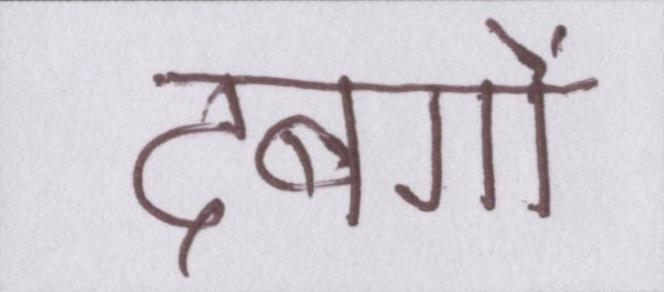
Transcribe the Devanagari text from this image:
दबंगों